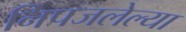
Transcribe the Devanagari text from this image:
निपजलेल्या